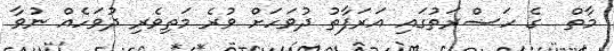
މާތް  ގެ ހަޟްރަތުގައި އަރަފާތު ދުވަހަށް ވުރެ މަތިވެރި ދުވަހެއް ނުވާ